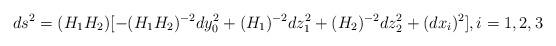
LaTeX: \begin{align*}ds^{2}=(H_{1}H_{2})[-(H_{1}H_{2})^{-2}dy_{0}^{2}+(H_{1})^{-2}dz_{1}^{2} +(H_{2})^{-2}dz_{2}^{2}+(dx_{i})^{2}] , i=1,2,3\end{align*}